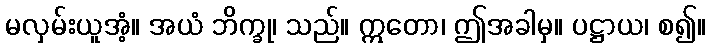
မလှမ်းယူအံ့။ အယံ ဘိက္ခု၊ သည်။ ဣတော၊ ဤအခါမှ။ ပဋ္ဌာယ၊ စ၍။